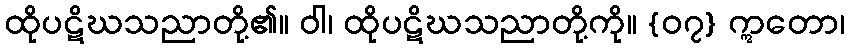
ထိုပဋိဃသညာတို့၏။ ဝါ၊ ထိုပဋိဃသညာတို့ကို။ {၀၇} ဣတော၊